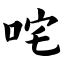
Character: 咤